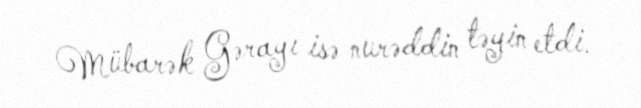
Mübarək Gərayı isə nurəddin təyin etdi.